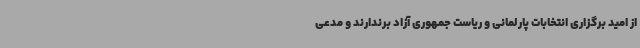
از امید برگزاری انتخابات پارلمانی و ریاست جمهوری آزاد برندارند و مدعی